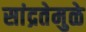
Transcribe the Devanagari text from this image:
सांद्रतेमुळे